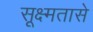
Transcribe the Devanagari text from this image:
सूक्ष्मतासे